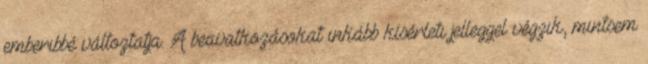
emberibbé változtatja. A beavatkozásokat inkább kísérleti jelleggel végzik, mintsem